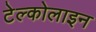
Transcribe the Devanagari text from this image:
टेल्कोलाइन